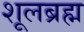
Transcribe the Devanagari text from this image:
शूलब्रह्म